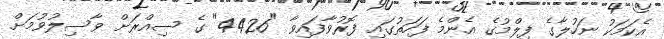
އެކަމަކު ނަހުލާގެ ފިލްމުގެ އެންމެ ފަހަތުގައި ފޮރުވާފައިވާ "4426" ގެ ސިއްރަށް ވާސިލުވުމަށް